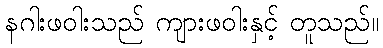
နဂါးဖဝါးသည် ကျားဖဝါးနှင့် တူသည်။